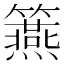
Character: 𥷀